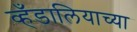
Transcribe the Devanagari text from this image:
व्हँडालियाच्या